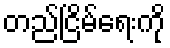
တည်ငြိမ်ရေးကို